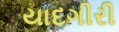
યાદગીરી